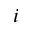
i